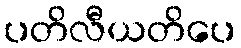
ပတိလီယတိပေ